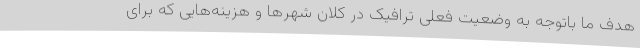
هدف ما باتوجه به وضعیت فعلی ترافیک در کلان شهرها و هزینه‌هایی که برای